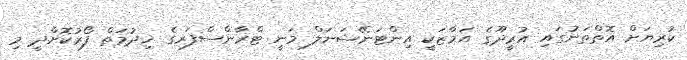
ކުރިޔަށް އޮތްތަނުގައި އުރީދޫގެ އަމާޒަކީ އިންޓަނޭޝަނަލް މަނީ ޓްރާންސްފަރގެ ޚިދުމަތް ފޯރުކޮށްދީ މި